Plague in India, 1896, 1897 - Volume 2
Year: 1896
Disease focus: Plague
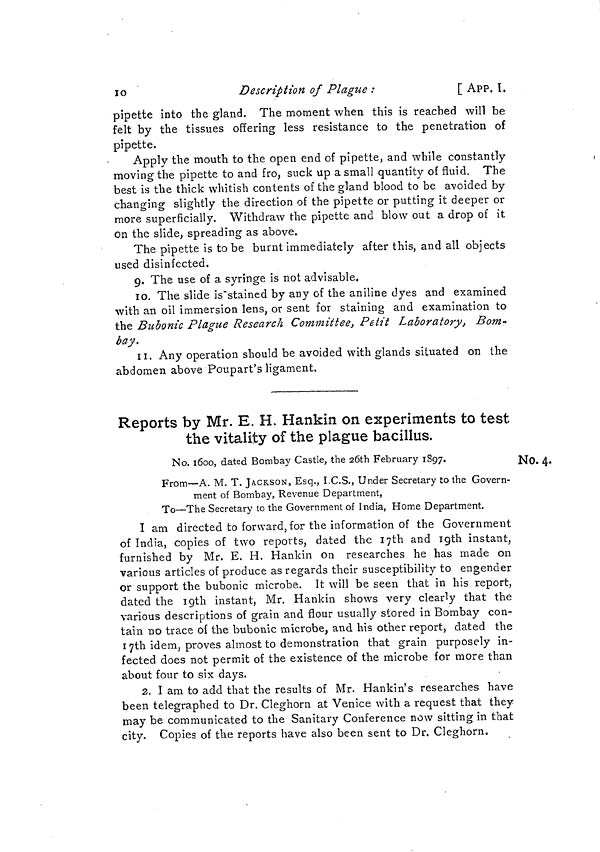
10
Description of Plague :
[ APP. I.
pipette into the gland. The moment when this is reached will be
felt by the tissues offering less resistance to the penetration of
pipette.
Apply the mouth to the open end of pipette, and while constantly
moving the pipette to and fro, suck up a small quantity of fluid. The
best is the thick whitish contents of the gland blood to be avoided by
changing slightly the direction of the pipette or putting it deeper or
more superficially. Withdraw the pipette and blow out a drop of it
on the slide, spreading as above.
The pipette is to be burnt immediately after this, and all objects
used disinfected.
9. The use of a syringe is not advisable.
10. The slide is stained by any of the aniline dyes and examined
with an oil immersion lens, or sent for staining and examination to
the Bubonic Plague Research Committee, Petit Laboratory, Bom-
bay.
11. Any operation should be avoided with glands situated on the
abdomen above Poupart's ligament.
Reports by Mr. E. H. Hankin on experiments to test
the vitality of the plague bacillus.
No. 4.
No. 1600, dated Bombay Castle, the 26th February 1897.
From—A. M. T. JACKSON, Esq., I.C.S., Under Secretary to the Govern-
ment of Bombay, Revenue Department,
To—The Secretary to the Government of India, Home Department.
I am directed to forward, for the information of the Government
of India, copies of two reports, dated the 17th and 19th instant,
furnished by Mr. E. H, Hankin on researches he has made on
various articles of produce as regards their susceptibility to engender
or support the bubonic microbe. It will be seen that in his report,
dated the 19th instant, Mr. Hankin shows very clearly that the
various descriptions of grain and flour usually stored in Bombay con-
tain no trace oí the bubonic microbe, and his other report, dated the
17th idem, proves almost to demonstration that grain purposely in-
fected does not permit of the existence of the microbe for more than
about four to six days.
2. I am to add that the results of Mr. Hankin's researches have
been telegraphed to Dr. Cleghorn at Venice with a request that they
may be communicated to the Sanitary Conference now sitting in that
city. Copies of the reports have also been sent to Dr. Cleghorn.